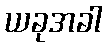
ယခုအခါ